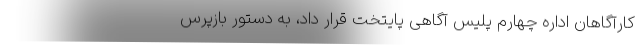
کارآگاهان اداره چهارم پلیس آگاهی پایتخت قرار داد، به دستور بازپرس